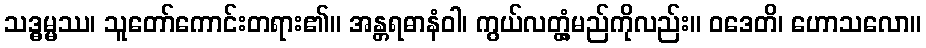
သဒ္ဓမ္မဿ၊ သူတော်ကောင်းတရား၏။ အန္တရဓာနံဝါ၊ ကွယ်လတ္တံ့မည်ကိုလည်း။ ဝဒေတိ၊ ဟောသလော။